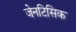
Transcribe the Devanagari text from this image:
जेनटिसिक